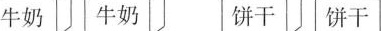
牛奶 牛奶 饼干 饼干